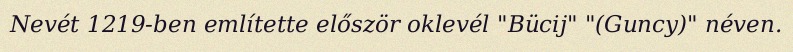
Nevét 1219-ben említette először oklevél "Bücij" "(Guncy)" néven.